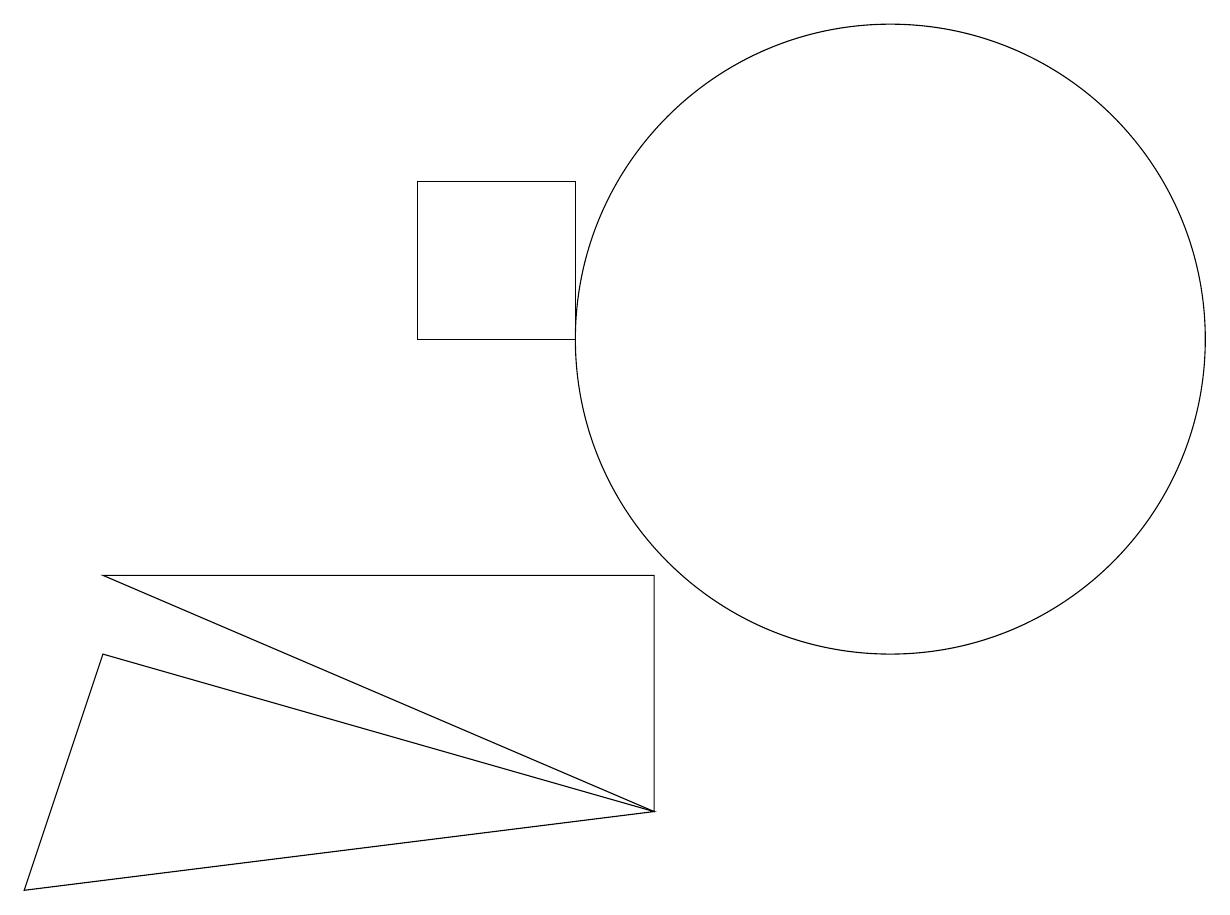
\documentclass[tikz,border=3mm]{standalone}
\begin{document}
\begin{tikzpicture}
\draw (8,6) -- (8,9) -- (1,9) -- cycle;
\draw (11,12) circle (4);
\draw (8,6) -- (1,8) -- (0,5) -- cycle;
\draw (5,12) rectangle (7,14);
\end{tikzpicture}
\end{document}